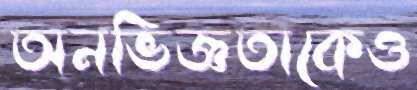
অনভিজ্ঞতাকেও